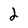
Character: 2